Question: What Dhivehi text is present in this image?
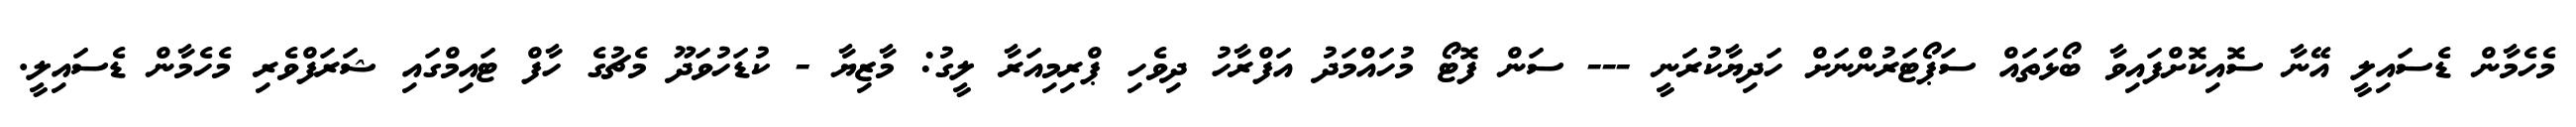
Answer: މެހެމާން ޑެސައިލީ އޭނާ ސޮއިކޮށްފައިވާ ބޯޅަތައް ސަޕޯޓަރުންނަށް ހަދިޔާކުރަނީ --- ސަން ފޮޓޯ މުހައްމަދު އަފްރާހު ދިވެހި ޕްރިމިއަރާ ލީގު: މާޒިޔާ - ކުޑަހުވަދޫ މެޗުގެ ހާފް ޓައިމްގައި ޝަރަފްވެރި މެހެމާން ޑެސައިލީ.